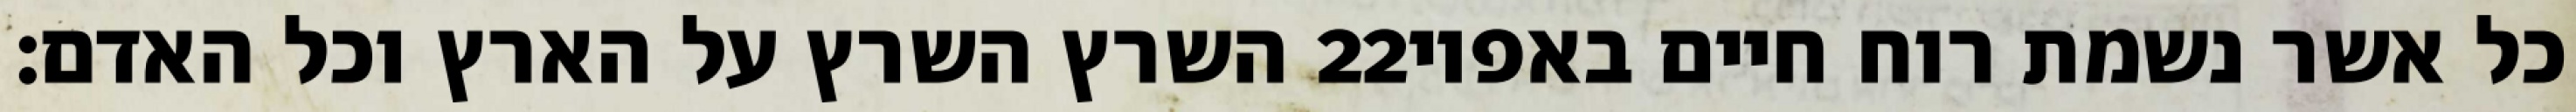
השרץ השרץ על הארץ וכל האדם׃ ‎22‏ כל אשר נשמת רוח חיים באפיו